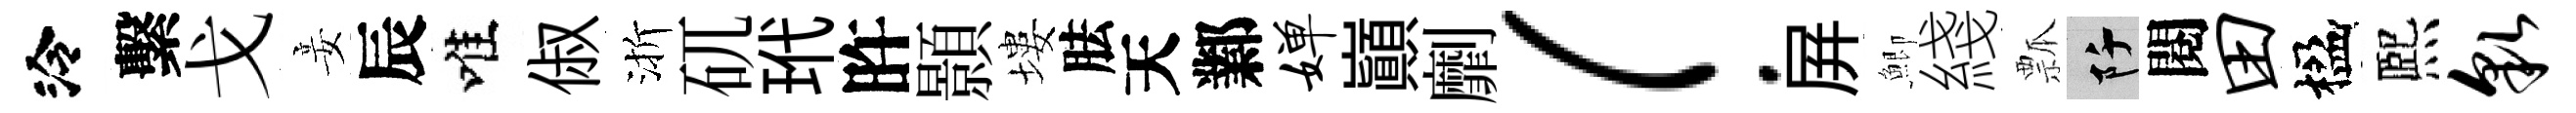
泠繫戈妾辰唯俶渐矹玳旿顥塿胠天鄴婵巔劘！屛鯽綫瓢阡閱田楹熈貌